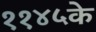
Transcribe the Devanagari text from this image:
११४५के